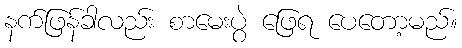
နက်ဖြန်ခါလည်း စာမေးပွဲ ဖြေရ ပေတော့မည်။